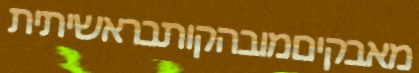
מאבקיםמובהקותבראשיתית